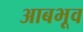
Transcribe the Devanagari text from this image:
आबभूव